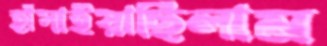
হাঁসাইয়াছিলাম